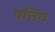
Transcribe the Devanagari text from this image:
पत्तिय